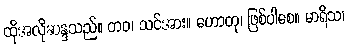
ထိုအလိုဆန္ဒသည်။ တဝ၊ သင်အား။ ဟောတု၊ ဖြစ်ပါစေ။ မာရိသ၊